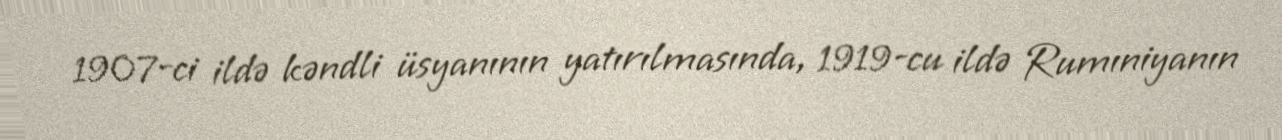
1907-ci ildə kəndli üsyanının yatırılmasında, 1919-cu ildə Rumıniyanın